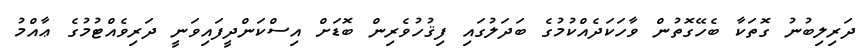
ދަރިލިބުނު ގޮތަކާ ބެހޭގޮތުން ވާހަކަދެއްކުމުގެ ބަދަލުގައި ފިޤުހުވެރިން ބޮޑަށް އިސްކަންދީފައިވަނީ ދަރިވެއްޓުމުގެ ޢާއްމު